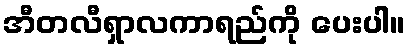
အီတလီရှာလကာရည်ကို ပေးပါ။